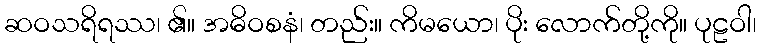
ဆဝသရိရဿ၊ ၏။ အဓိဝစနံ၊ တည်း။ ကိမယော၊ ပိုး လောက်တို့ကို။ ပုဠဝါ၊